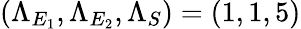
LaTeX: (\Lambda_{E_{1}},\Lambda_{E_{2}},\Lambda_{S})=(1,1,5)